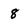
Character: 8